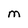
Character: M